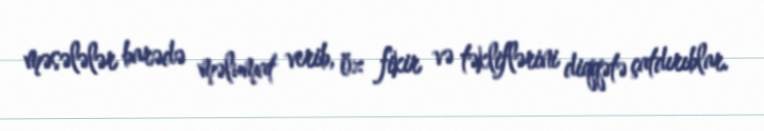
məsələlər barədə məlumat verib, öz fikir və təkliflərini diqqətə çatdırıblar.